Civil Veterinary Dept. Bombay admin report 1932-41 - 1932-1941
Year: 1932
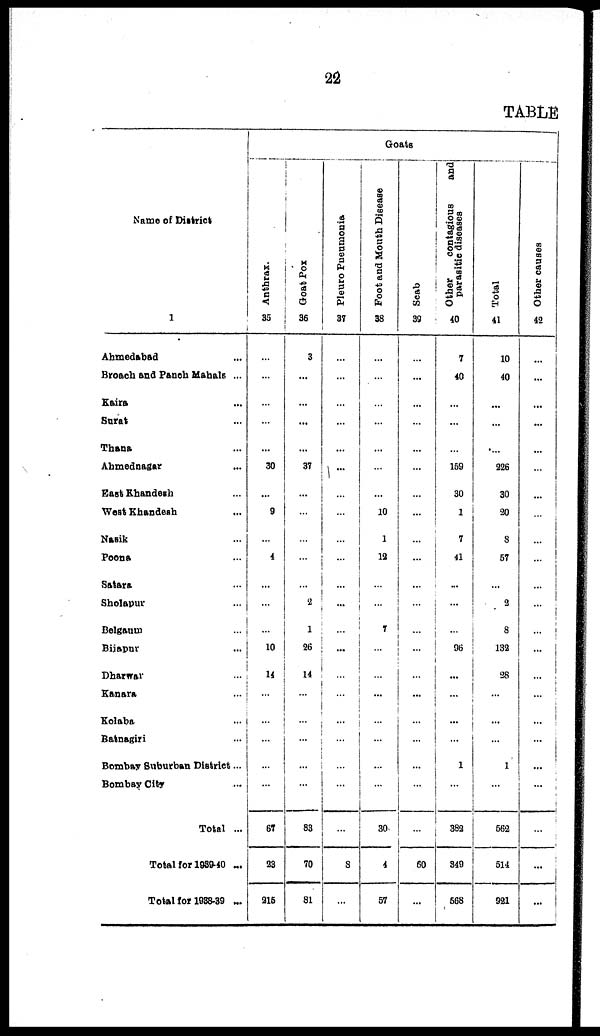
22
TABLE
Name of District
1
Ahmedabad ...
Broach and Panch Mahals ...
Kaira ...
Surat ...
Thana ...
Ahmednagar ...
East Khandesh ...
West Khandesh ...
Nasik ...
Poona ...
Satara ...
Sholapur ...
Belgaum ...
Bijapur ...
Dharwar ...
Kanara ...
Kolaba ...
Ratnagiri ...
Bombay Suburban District...
Bombay City ...
Total ...
Total for 1939-40 ...
Total for 1938-39 ...
Goats
Anthrax.
35
...
...
...
...
...
30
...
9
...
4
...
...
...
10
14
...
...
...
...
...
67
23
215
Goat Pox
36
3
...
...
...
...
37
...
...
...
...
...
2
1
26
14
...
...
...
...
...
83
70
81
Pleuro Pneumonia
37
...
...
...
...
...
...
...
...
...
...
...
...
...
...
...
...
...
...
...
...
...
8
...
Foot and Mouth Disease
38
...
...
...
...
...
...
...
10
1
12
...
...
7
...
...
...
...
...
...
...
30
4
57
Scab
39
...
...
...
...
...
...
...
...
...
...
...
...
...
...
...
...
...
...
...
...
...
60
...
Other
contagious
and
parasitic diseases
40
7
40
...
...
...
159
30
1
7
41
...
...
...
96
...
...
...
...
1
...
382
349
568
Total
41
10
40
...
...
....
226
30
20
8
57
...
3
8
132
28
...
...
...
1
...
562
514
921
Other causes
42
...
...
...
...
...
...
...
...
...
...
...
...
...
...
...
...
...
...
...
...
...
...